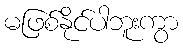
မဖြစ်နိုင်ပါဘူးကွာ